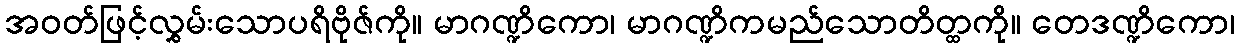
အဝတ်ဖြင့်လွှမ်းသောပရိဗိုဇ်ကို။ မာဂဏ္ဍိကော၊ မာဂဏ္ဍိကမည်သောတိတ္ထကို။ တေဒဏ္ဍိကော၊